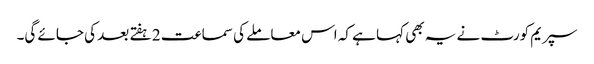
سپریم کورٹ نے یہ بھی کہا ہے کہ اس معاملے کی سماعت 2 ہفتے بعد کی جائے گی۔